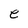
Character: e